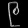
Digit: ၉